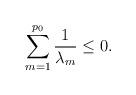
LaTeX: \begin{align*} \sum_{m=1}^{p_0}\frac{1}{\lambda_m} \le 0. \end{align*}